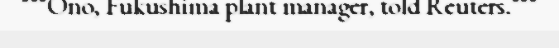
"""Ono, Fukushima plant manager, told Reuters."""